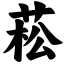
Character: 菘